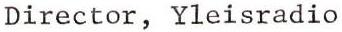
Director, Yleisradio